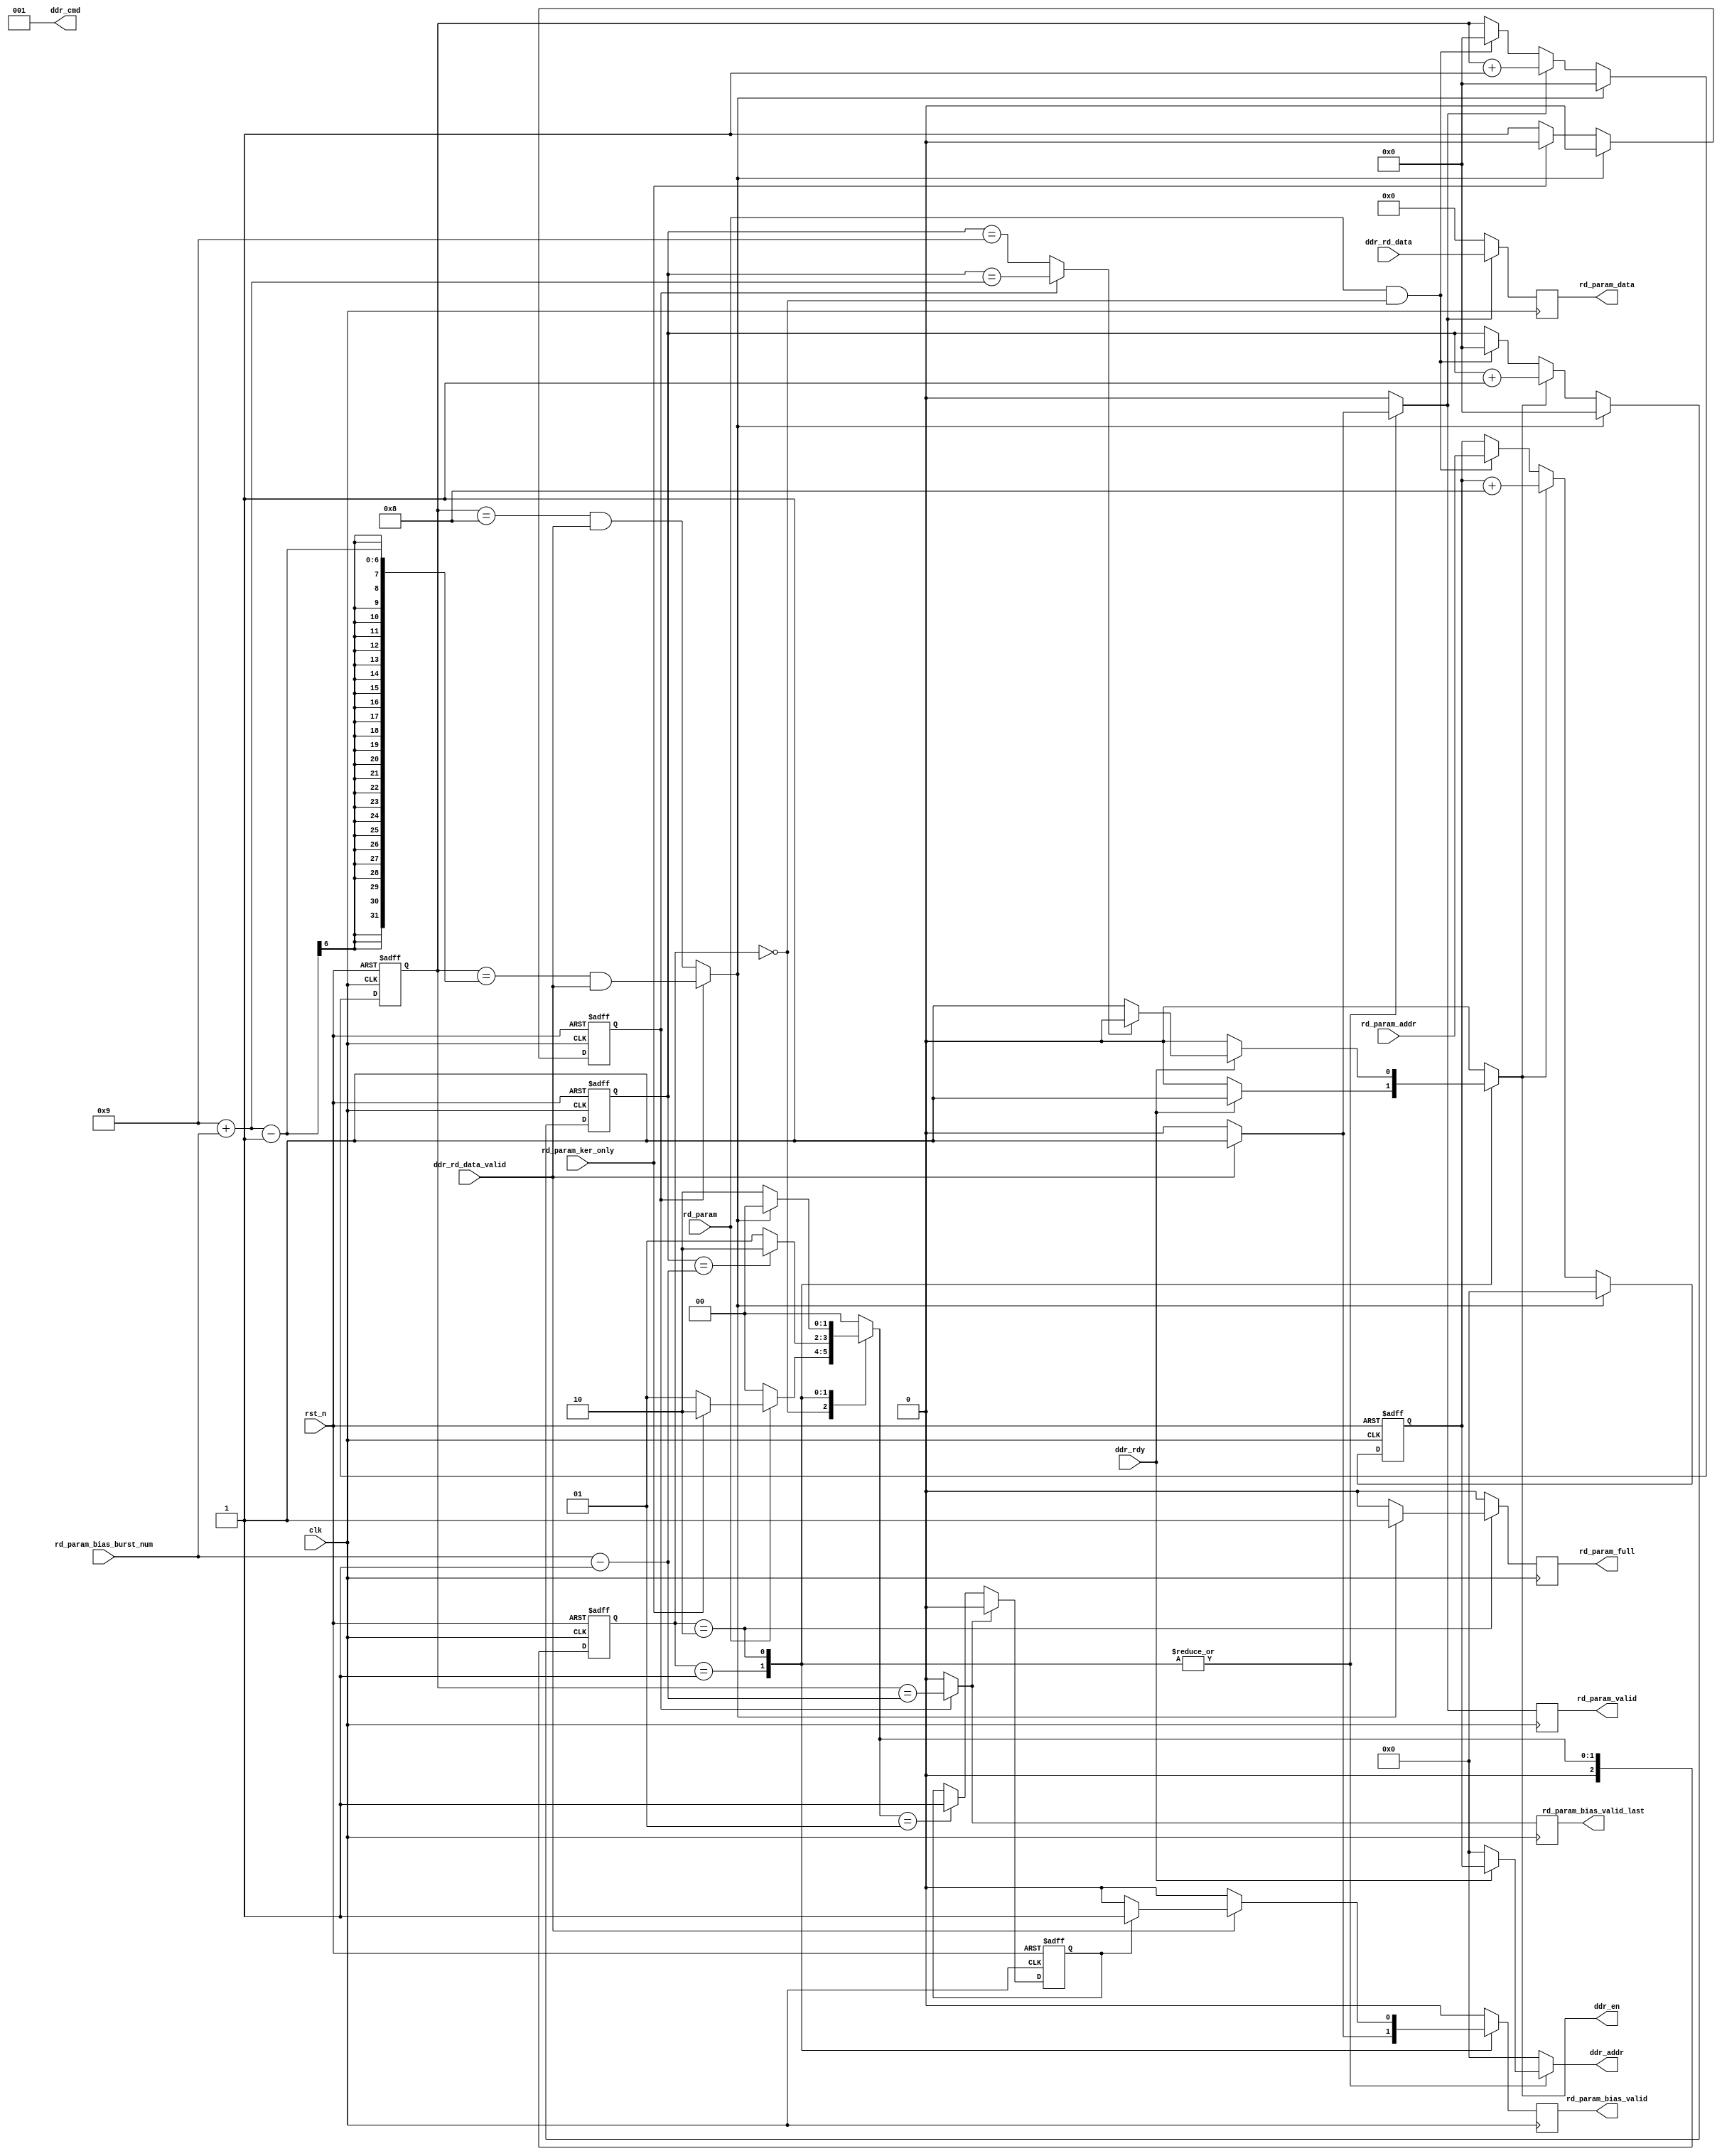
`timescale 1ns / 1ps
//////////////////////////////////////////////////////////////////////////////////
// 
// Module Name: rd_ddr_param
// Project Name: cnn.acc.bfp
// Target Devices: vc709
// Tool Versions: vivado 2018.1
// Description: read weight and bias parameter
// 
// Revision 0.01 - File Created
//////////////////////////////////////////////////////////////////////////////////

module rd_ddr_param #(
  parameter FLOAT_NUM_WIDTH  = 16,
  parameter DATA_WIDTH       = 8,
  parameter DDR_DATA_WIDTH   = 64,
  parameter DDR_BURST_LEN    = 8,
  parameter K_C              = 64  //ppmac kernal channels
)(
  input  wire             clk,
  input  wire             rst_n,
  input  wire             ddr_rdy,
  output reg  [29:0]      ddr_addr,
  output reg  [2:0]       ddr_cmd,
  output reg              ddr_en,
//  input  wire [2:0]       ker_size, 
  input  wire [511:0]     ddr_rd_data, //one ddr busrt
  input  wire             ddr_rd_data_valid,
  
  input  wire             rd_param,
  input  wire             rd_param_ker_only,
//  input  wire [4:0]       rd_param_ker_burst_num,
  input  wire [4:0]       rd_param_bias_burst_num, // number of conv layer bias data, 16bits*512/512=16
  input  wire [29:0]      rd_param_addr,
  
  output reg  [511:0]     rd_param_data,
  output reg              rd_param_valid,
  output reg              rd_param_bias_valid, // bias valid if not read_kernel_only
  output reg              rd_param_bias_valid_last, // last valid bias data
  output reg              rd_param_full
);
  localparam RD_KER_DATA_NUM  = 3*3*K_C; //k_h*k_w*k_c
  localparam RD_KER_BURST_NUM = (RD_KER_DATA_NUM*DATA_WIDTH/DDR_DATA_WIDTH+7)/DDR_BURST_LEN;  //= rd_param_ker_burst num, 3*3*8/64/8=9
  localparam RD_PARAM_RST   = 3'd0;
  localparam RD_PARAM_BIAS  = 3'd1;
  localparam RD_PARAM_KER   = 3'd2;
  
  reg [2:0]       _rd_param_state;
  reg [2:0]       _rd_param_next_state;
  reg [29:0]      _rd_param_addr;
  reg             _rd_param_next_burst;
  reg [4:0]       _rd_param_burst_cnt;
  reg [4:0]       _rd_param_valid_cnt;
  reg             _rd_param_next_valid;
  reg             _rd_param_valid_on_bias;
  reg             _rd_param_has_bias;
  wire            _rd_param_bias_last;
  wire            _rd_ker_last;
  wire            _rd_param_last;
  reg             _rd_param_valid;
  reg             _rd_param_bias_valid;
  wire            _rd_param_bias_valid_last;
  wire[511:0]     _rd_param_data;
  reg             _rd_param_full;

  always@(posedge clk) begin
    rd_param_full             <= _rd_param_full;
    rd_param_valid            <= _rd_param_valid;
    rd_param_bias_valid       <= _rd_param_bias_valid;
    rd_param_bias_valid_last  <= _rd_param_bias_valid_last;
    rd_param_data             <= _rd_param_data;
  end
  
  assign _rd_param_data  = _rd_param_valid ? ddr_rd_data : 512'b0;
  assign _rd_param_bias_last  = (_rd_param_burst_cnt == rd_param_bias_burst_num-1'b1 );
  assign _rd_ker_last         = _rd_param_has_bias ? (_rd_param_burst_cnt == RD_KER_BURST_NUM + rd_param_bias_burst_num):
                                                     (_rd_param_burst_cnt == RD_KER_BURST_NUM);
  assign _rd_param_last       = _rd_param_has_bias ? ((_rd_param_valid_cnt == RD_KER_BURST_NUM + rd_param_bias_burst_num - 1'b1) && ddr_rd_data_valid) :
                                                     ((_rd_param_valid_cnt == (RD_KER_BURST_NUM - 1)) && ddr_rd_data_valid);  // _rd_param_valid_cnt = _rd_param_burst_cnt - 1
  assign _rd_param_bias_valid_last = _rd_param_has_bias ? (_rd_param_valid_cnt == rd_param_bias_burst_num-1'b1) : 1'b0;

  // FF
  always@(posedge clk or negedge rst_n) begin
    if(!rst_n) begin
      _rd_param_state <= RD_PARAM_RST;
    end else begin
      _rd_param_state <= _rd_param_next_state;
    end
  end
  // state transition
  always@(_rd_param_state or rd_param or _rd_param_bias_last or _rd_param_last or
          rd_param_ker_only) begin
    _rd_param_next_state = RD_PARAM_RST;
    case(_rd_param_state)
      RD_PARAM_RST: begin
        if(rd_param) begin
          if(rd_param_ker_only)
            _rd_param_next_state = RD_PARAM_KER;
          else
            _rd_param_next_state = RD_PARAM_BIAS;
        end else begin
          _rd_param_next_state = RD_PARAM_RST;
        end
      end
      RD_PARAM_BIAS: begin
        if(_rd_param_bias_last)
          _rd_param_next_state = RD_PARAM_KER;
        else
          _rd_param_next_state = RD_PARAM_BIAS;
      end
      RD_PARAM_KER: begin
        if(_rd_param_last)
          _rd_param_next_state = RD_PARAM_RST;
        else
          _rd_param_next_state = RD_PARAM_KER;
      end
    endcase
  end
  // logic
  always@(_rd_param_state or ddr_rdy or ddr_rd_data_valid or _rd_ker_last or 
          _rd_param_addr or _rd_param_last or _rd_param_valid_on_bias) begin
    ddr_en    = 1'b0;
    ddr_addr  = 30'h0;
    ddr_cmd   = 3'b1; // read
    _rd_param_valid      = 1'b0;
    _rd_param_bias_valid = 1'b0;
    _rd_param_full       = 1'b0;
    _rd_param_next_burst = 1'b0;
    _rd_param_next_valid = 1'b0;
    case(_rd_param_state)
      RD_PARAM_RST: begin
        ddr_en = 1'b0;
      end

      RD_PARAM_BIAS: begin
        if(ddr_rdy) begin
          ddr_en  = 1'b1;
          ddr_cmd = 3'b1;
          ddr_addr= _rd_param_addr;
          _rd_param_next_burst = 1'b1;
        end
        if(ddr_rd_data_valid) begin
          _rd_param_next_valid = 1'b1;
          _rd_param_valid      = 1'b1;
          // bias valid
          _rd_param_bias_valid = 1'b1;
        end
      end

      RD_PARAM_KER: begin
        if(ddr_rdy) begin
          ddr_cmd = 3'b1;
          ddr_addr= _rd_param_addr;
          if(_rd_ker_last) begin
            ddr_en = 1'b0;
            _rd_param_next_burst = 1'b0;
          end else begin
            ddr_en = 1'b1;
            _rd_param_next_burst = 1'b1;
          end
        end
        if(ddr_rd_data_valid) begin
          _rd_param_next_valid = 1'b1;
          _rd_param_valid      = 1'b1;
          if(_rd_param_valid_on_bias) begin
            _rd_param_bias_valid = 1'b1;
          end
        end
        if(_rd_param_last) begin
          _rd_param_full = 1'b1;
        end
      end
    endcase
  end
  // need to read bias, record rd_param_ker_only in case it is transient
  always@(posedge clk or negedge rst_n) begin
    if(!rst_n) begin
      _rd_param_has_bias <= 1'b0;
    end else begin
      if(rd_param_ker_only) begin
        _rd_param_has_bias <= 1'b0;
      end else begin
        _rd_param_has_bias <= 1'b1;
      end
      if(_rd_param_last) begin
        _rd_param_has_bias <= 1'b0;
      end
    end
  end
  // read addr
  always@(posedge clk or negedge rst_n) begin
    if(!rst_n) begin
      _rd_param_addr <= 30'h0;
      _rd_param_burst_cnt <= 5'h0;
      _rd_param_valid_cnt <= 5'h0;
    end else begin
      // initialization
      if(rd_param && (_rd_param_state == RD_PARAM_RST)) begin
        _rd_param_addr <= rd_param_addr;
        _rd_param_burst_cnt <= 5'h0;
        _rd_param_valid_cnt <= 5'h0;
      end
      // increment
      if(_rd_param_next_burst) begin
        _rd_param_addr <= _rd_param_addr + 4'h8;
        _rd_param_burst_cnt <= _rd_param_burst_cnt + 1'b1;
      end
      if(_rd_param_next_valid) begin
        _rd_param_valid_cnt <= _rd_param_valid_cnt + 1'b1;
      end
      // reset to zero
      if(_rd_param_last) begin
        _rd_param_addr <= 30'h0;
        _rd_param_burst_cnt <= 5'h0;
        _rd_param_valid_cnt <= 5'h0;
      end
    end
  end
  // bias valid
  always@(posedge clk or negedge rst_n) begin
    if(!rst_n) begin
      _rd_param_valid_on_bias <= 1'b0;
    end else begin
      if(_rd_param_next_state == RD_PARAM_BIAS) begin
        _rd_param_valid_on_bias <= 1'b1;
      end
      if(_rd_param_bias_valid_last) begin
        _rd_param_valid_on_bias <= 1'b0;
      end
    end
  end


endmodule